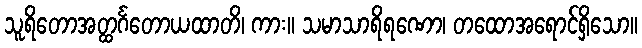
သူရိတောအတ္ထင်္ဂတောယထာတိ၊ ကား။ သမာသာရိရဏော၊ တထောအရောင်ရှိသော။